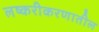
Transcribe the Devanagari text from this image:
लष्करीकरणातील